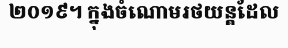
២០១៩។ ក្នុងចំណោមរថយន្តដែល